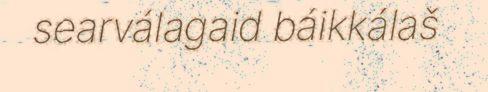
searválagaid báikkálaš